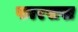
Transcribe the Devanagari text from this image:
फारसख